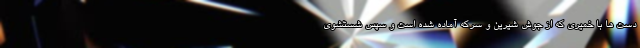
دست ها با خمیری که از جوش شیرین و سرکه آماده شده است و سپس شستشوی